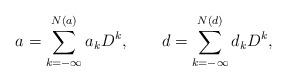
LaTeX: \begin{align*}a = \sum_{k = -\infty}^{N(a)} a_k D^k, \qquad d = \sum_{k = -\infty}^{N(d)}d_k D^k, \end{align*}